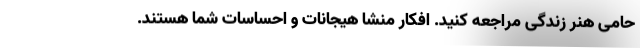
حامی هنر زندگی مراجعه کنید. افکار منشا هیجانات و احساسات شما هستند.